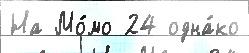
На Мо́мо 24 одна́ко